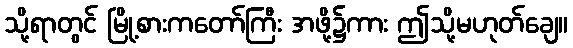
သို့ရာတွင် မြို့စားကတော်ကြီး အဖို့၌ကား ဤသို့မဟုတ်ချေ။